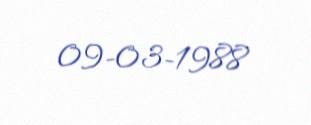
09-03-1988